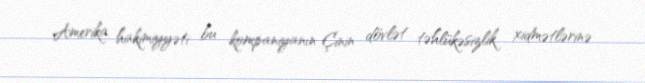
Amerika hakimiyyəti bu kompaniyanın Çinin dövlət təhlükəsizlik xidmətlərinə